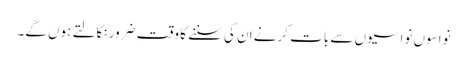
نواسوں نواسیوں سے بات کرنے ان کی سننے کا وقت ضرور نکالتے ہوں گے۔